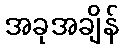
အခုအချိန်